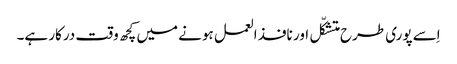
اِسے پوری طرح متشکّل اور نافذ العمل ہونے میں کچھ وقت درکار ہے۔